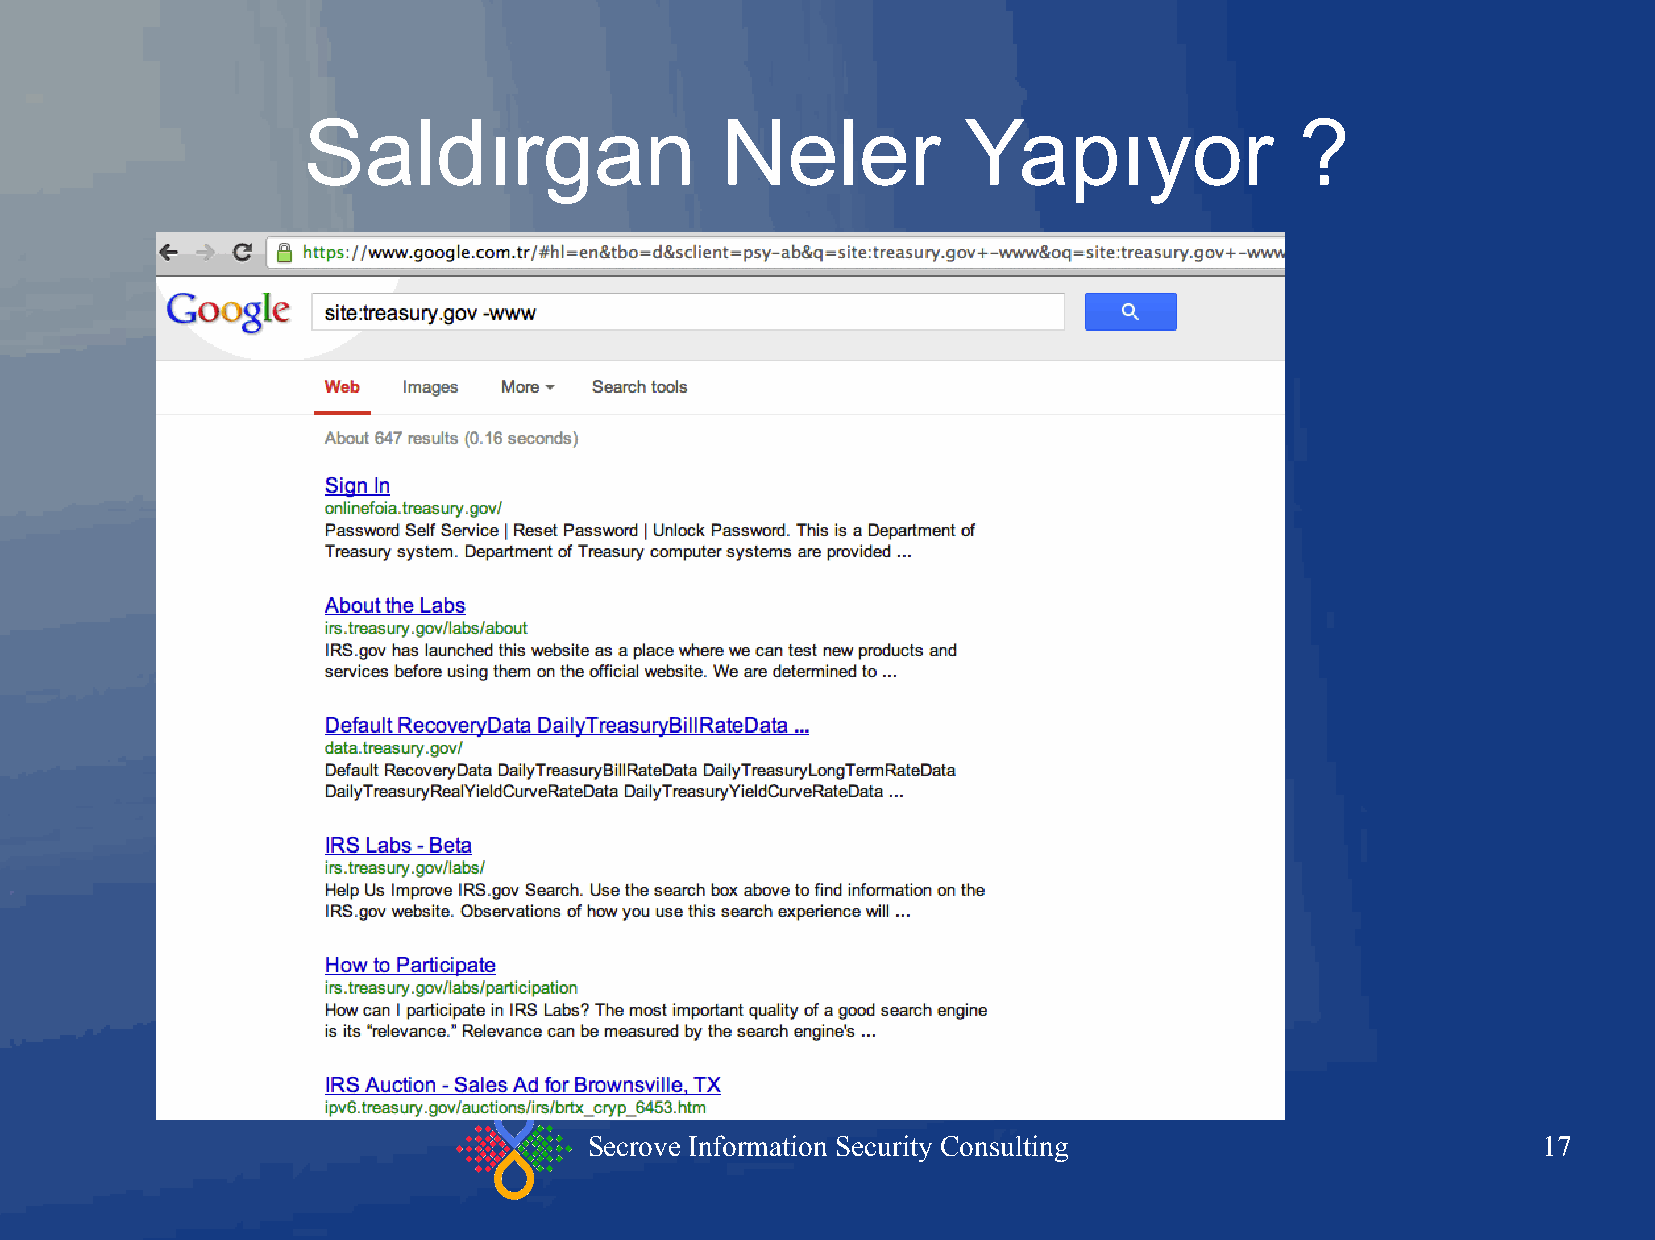
Saldırgan                   Neler           Yapıyor               ?
 Secrove Information Security Consulting                        17